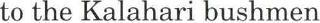
to the Kalahari bushmen